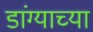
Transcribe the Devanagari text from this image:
डांग्याच्या